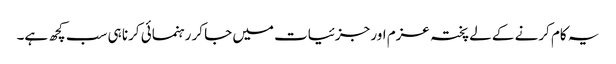
یہ کام کرنے کے لے پختہ عزم اور جزئیات میں جا کر رہنمائی کرنا ہی سب کچھ ہے۔